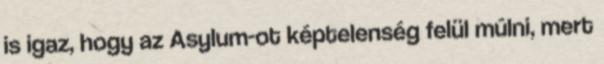
is igaz, hogy az Asylum-ot képtelenség felül múlni, mert